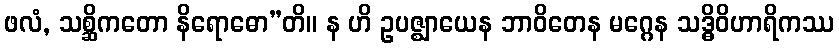
ဖလံ, သစ္ဆိကတော နိရောဓော”တိ။ န ဟိ ဥပဇ္ဈာယေန ဘာဝိတေန မဂ္ဂေန သဒ္ဓိဝိဟာရိကဿ